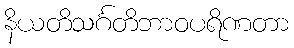
နိယတိသင်္ဂတိဘာဝပရိဏတာ